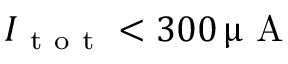
I _ { \mathrm { ~ t ~ o ~ t ~ } } < 3 0 0 \, \upmu \mathrm { ~ A ~ }